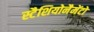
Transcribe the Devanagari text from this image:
स्टैशियोनैमेंटो